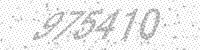
Solution: 975410